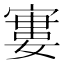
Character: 寠